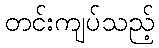
တင်းကျပ်သည့်